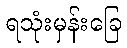
ရသုံးမှန်းခြေ